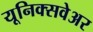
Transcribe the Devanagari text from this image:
यूनिक्सवेअर